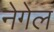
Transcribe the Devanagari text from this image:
नेगेल